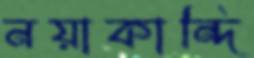
নয়াকান্দি